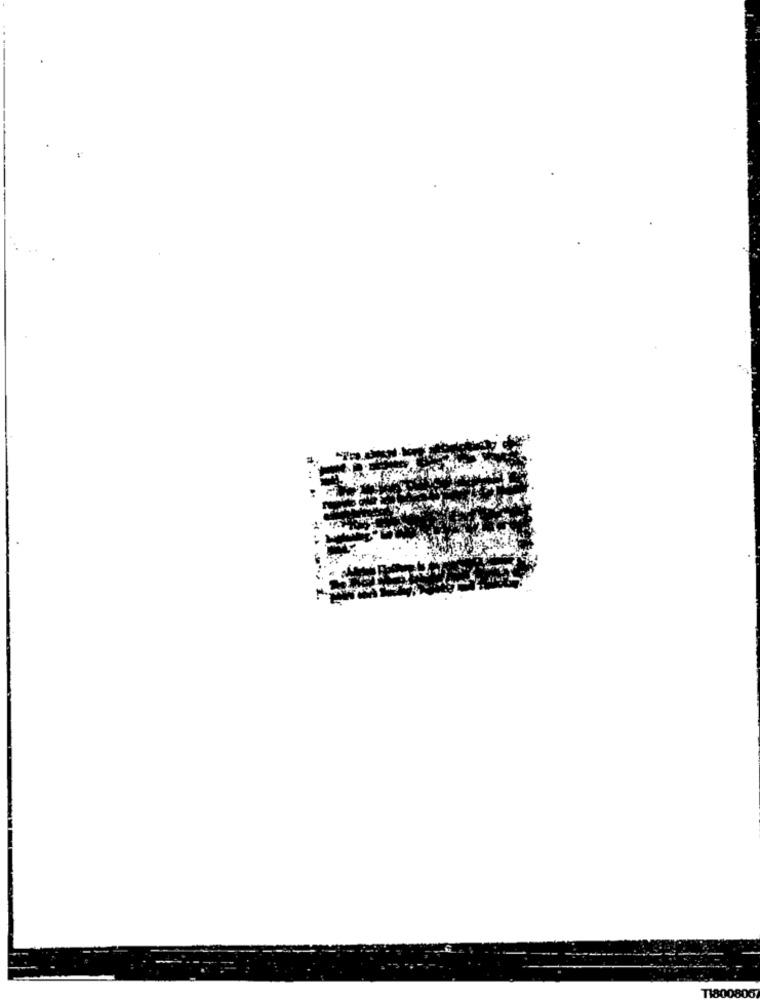
T180080